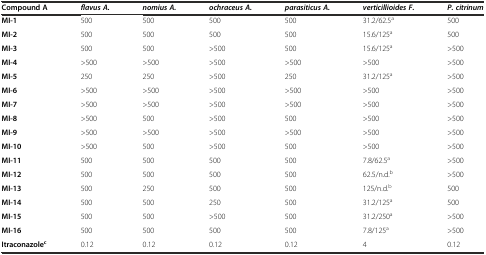
| Compound A | flavus A. | nomius A. | ochraceus A. | parasiticus A. | verticillioides F. | P. citrinum |
 | --- | --- | --- | --- | --- | --- | --- |
 | MI-1 | 500 | 500 | 500 | 500 | 31.2/62.5a | 500 |
 | MI-2 | 500 | 500 | 500 | 500 | 15.6/125a | 500 |
 | MI-3 | 500 | 500 | >500 | 500 | 15.6/125a | >500 |
 | MI-4 | >500 | >500 | >500 | >500 | >500 | >500 |
 | MI-5 | 250 | 250 | >500 | 250 | 31.2/125a | >500 |
 | MI-6 | >500 | >500 | >500 | >500 | >500 | >500 |
 | MI-7 | >500 | >500 | >500 | >500 | >500 | >500 |
 | MI-8 | >500 | 500 | >500 | 500 | >500 | >500 |
 | MI-9 | >500 | >500 | >500 | >500 | >500 | >500 |
 | MI-10 | >500 | 500 | >500 | 500 | >500 | >500 |
 | MI-11 | 500 | 500 | 500 | 500 | 7.8/62.5a | >500 |
 | MI-12 | 500 | 500 | 500 | 500 | 62.5/n.d.b | >500 |
 | MI-13 | 500 | 250 | 500 | 500 | 125/n.d.b | 500 |
 | MI-14 | 500 | 500 | 250 | 500 | 31.2/125a | 500 |
 | MI-15 | 500 | 500 | >500 | 500 | 31.2/250a | >500 |
 | MI-16 | 500 | 500 | 500 | 500 | 7.8/125a | >500 |
 | Itraconazolec | 0.12 | 0.12 | 0.12 | 0.12 | 4 | 0.12 |